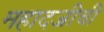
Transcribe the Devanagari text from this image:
महादजीची